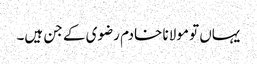
یہاں تو مولانا خادم رضوی کے جن ہیں۔